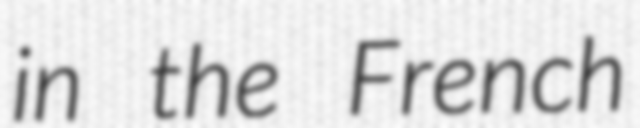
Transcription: in the French